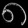
Digit: ၈